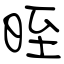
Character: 晊